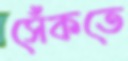
সেঁকতে